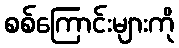
စစ်ကြောင်းများကို